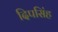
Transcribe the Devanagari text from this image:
दिपसिंह